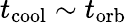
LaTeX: t_{\mathrm{cool}}\sim t_{\mathrm{orb}}